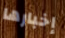
إخبارها